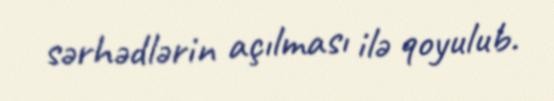
sərhədlərin açılması ilə qoyulub.